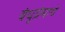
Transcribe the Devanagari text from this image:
बंधुप्रेमाचे